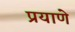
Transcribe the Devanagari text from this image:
प्रयाणे